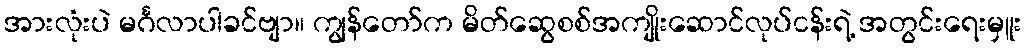
အားလုံးပဲ မင်္ဂလာပါခင်ဗျာ။ ကျွန်တော်က မိတ်ဆွေစစ်အကျိုးဆောင်လုပ်ငန်းရဲ့ အတွင်းရေးမှူး